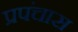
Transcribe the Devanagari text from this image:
प्रपंचास